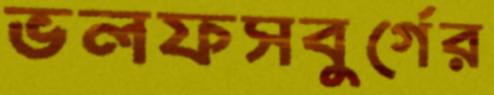
ভলফসবুর্গের